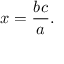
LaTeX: x = { \frac { b c } { a } } .